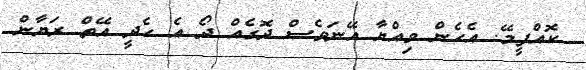
ކޮއްފީމޭ. އެހެން ވިއްޔާ އޭނަވެސް ދޮގެއް ދޯ އެ ހެދީ އޭތް ރަޔާން